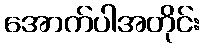
အောက်ပါအတိုင်း